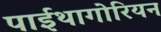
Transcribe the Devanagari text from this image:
पाईथागोरियन